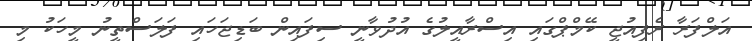
އަލްފަރާ ރެފިއުޖީ ކޭމްޕްގައި އިސްރާއީލުގެ އުދުވާނީ ސިފައިން ބަޑިޖަހައި ފަލަސްތީނު މީހަކު މި